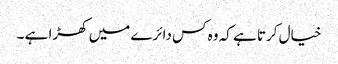
خیال کرتا ہے کہ وہ کس دائرے میں کھڑا ہے ۔